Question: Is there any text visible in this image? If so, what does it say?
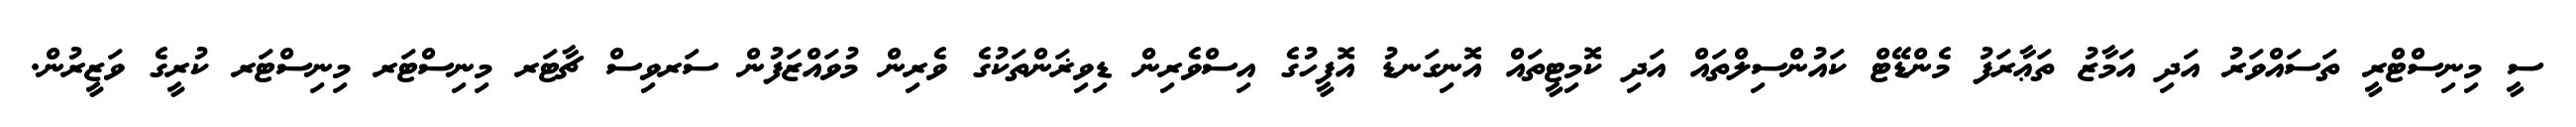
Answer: ސީ މިނިސްޓްރީ ތަސައްވަރު އަދި އަމާޒު ތަޢާރަފު މެންޑޭޓް ކައުންސިލްތައް އަދި ކޮމިޓީތައް އޮނިގަނޑު އޮފީހުގެ އިސްވެރިން ޑިވިޜަންތަކުގެ ވެރިން މުވައްޒަފުން ސަރވިސް ޗާޓަރ މިނިސްޓަރ މިނިސްޓަރ ކުރީގެ ވަޒީރުން.